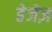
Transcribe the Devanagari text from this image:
हेजेज़